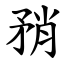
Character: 矟